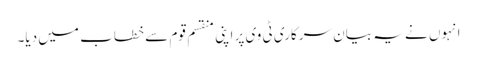
انہوں نے یہ بیان سرکاری ٹی وی پر اپنی منقسم قوم سے خطاب میں دیا۔